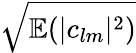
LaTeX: \sqrt{\mathbb{E}(|c_{lm}|^{2})}